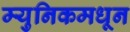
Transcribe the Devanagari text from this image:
म्युनिकमधून